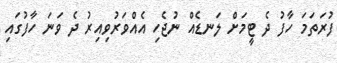
ފުރަތަމަ ހާފު ދެ ޓީމަށް ލަނޑެއް ނުޖެހި އެއްވަރުވިއިރު ދެ ވަނަ ހާފުގައި